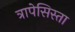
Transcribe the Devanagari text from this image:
त्रापेसिस्ता